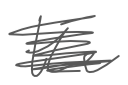
Text: the
Cross-out: scratch
Writing tool: digital_gray